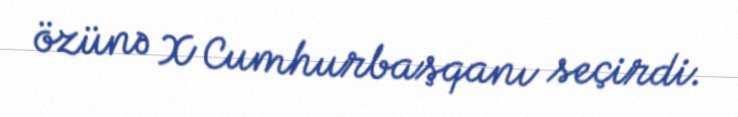
özünə X Cumhurbaşqanı seçirdi.